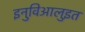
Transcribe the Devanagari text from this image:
इनुविआलुइत